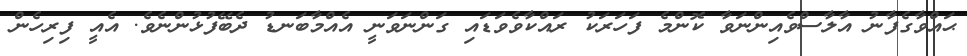
ޙައްވާގެފާނު އާލާސްވެއިންނަވާ ކޮންމެ ފަހަރަކު ރައްކާވެވަޑައި ގަންނަވަނީ އެއްމާބަނޑު ދެބޭފުޅުންނެވެ. އެއީ ފިރިހެން